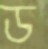
ড